Report of the Municipal Commissioner on the plague in Bombay for the year ending 31st May... - Volume 3
Disease focus: Plague
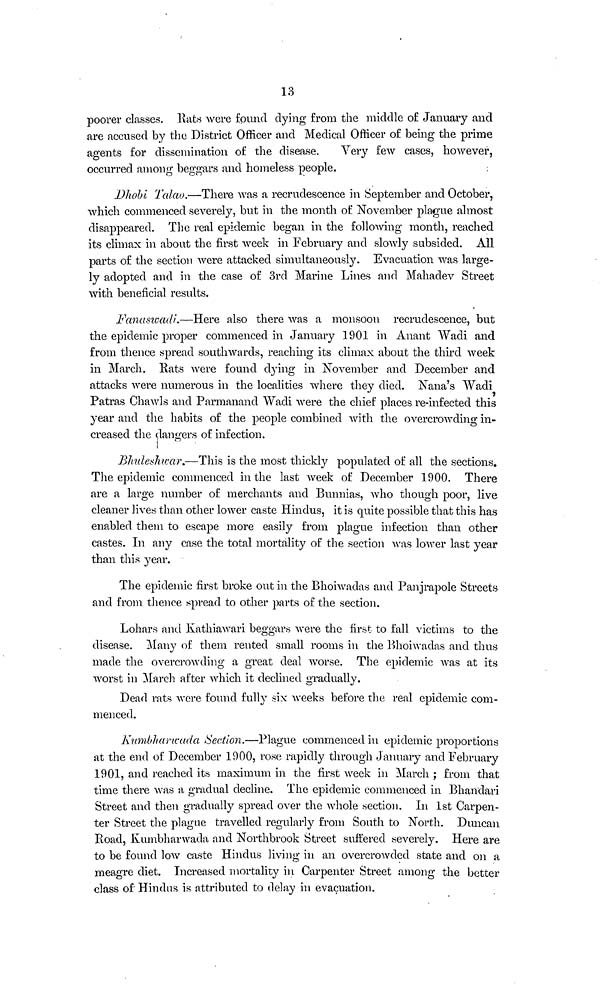
13
poorer classes. Rats were found dying from the middle of January and
are accused by the District Officer and Medical Officer of being the prime
agents for dissemination of the disease.
Very few cases, however,
occurred among beggars and homeless people.
Dhobi Talao.—There was a recrudescence in September and October,
which commenced severely, but in the month of November plague almost
disappeared. The real epidemic began in the following month, reached
its climax in about the first week in February and slowly subsided. All
parts of the section were attacked simultaneously. Evacuation was large-
ly adopted and in the case of 3rd Marine Lines and Mahadev Street
with beneficial results.
Fanaswadi.—Here also there was a monsoon recrudescence, but
the epidemic proper commenced in January 1901 in Anant Wadi and
from thence spread southwards, reaching its climax about the third week
in March. Rats were found dying in November and December and
attacks were numerous in the localities where they died. Nana's Wadi
Patras Chawls and Parmanand Wadi were the chief places re-infected this
year and the habits of the people combined with the overcrowding in-
creased the dangers of infection.
Bhuleshwar.—This is the most thickly populated of all the sections.
The epidemic commenced in the last week of December 1900. There
are a large number of merchants and Bunnias, who though poor, live
cleaner lives than other lower caste Hindus, it is quite possible that this has
enabled them to escape more easily from plague infection than other
castes. In any case the total mortality of the section was lower last year
than this year.
The epidemic first broke out in the Bhoiwadas and Panjrapole Streets
and from thence spread to other parts of the section.
Lohars and Kathiawari beggars were the first to fall victims to the
disease. Many of them rented small rooms in the Bhoiwadas and thus
made the overcrowding a great deal worse. The epidemic was at its
worst in March after which it declined gradually.
Dead rats were found fully six weeks before the real epidemic com-
menced.
Kumbharwada Section.—Plague commenced in epidemic proportions
at the end of December 1900, rose rapidly through January and February
1901, and reached its maximum in the first week in March ; from that
time there was a gradual decline. The epidemic commenced in Bhandari
Street and then gradually spread over the whole section. In 1st Carpen-
ter Street the plague travelled regularly from South to North. Duncan
Road, Kumbharwada and Northbrook Street suffered severely. Here are
to be found low caste Hindus living in an overcrowded state and on a
meagre diet. Increased mortality in Carpenter Street among the better
class of Hindus is attributed to delay in evacuation.